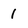
Character: 1